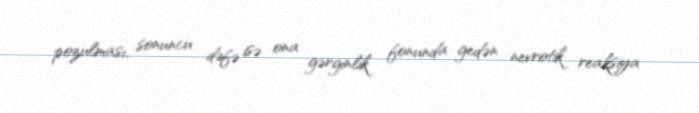
pozulması, sonuncu dəfə isə ona gərginlik fonunda gedən nevrotik reaksiya